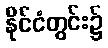
နိုင်ငံတွင်း၌